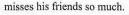
misses his friends so much.